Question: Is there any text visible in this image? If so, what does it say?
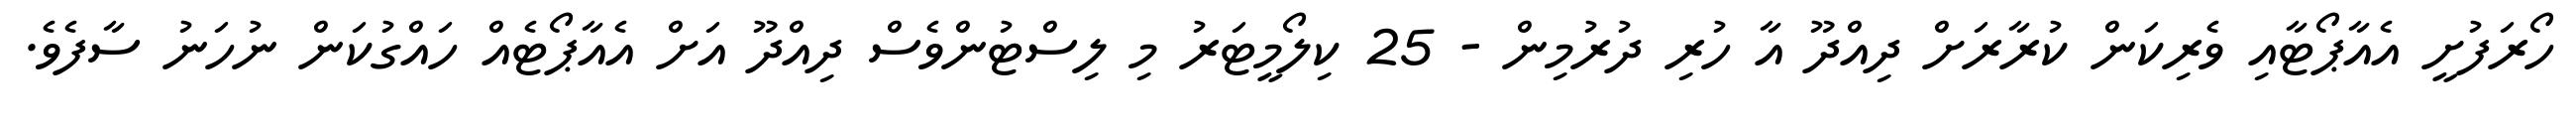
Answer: ހޯރަފުށީ އެއާޕޯޓާއި ވެރިކަން ކުރާރަށް ދިއްދޫ އާ ހުރި ދުރުމިން - 25 ކިލޯމީޓަރު މި ލިސްޓުންވެސް ދިއްދޫ އަށް އެއާޕޯޓެއް ހައްގުކަން ނުހަނު ސާފެވެ.